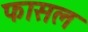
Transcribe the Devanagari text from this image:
फासल